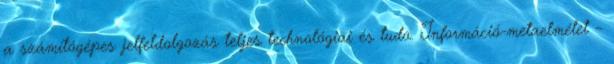
a számítógépes jelfeldolgozás teljes technológiai és tudo. Információ-metaelmélet –